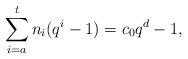
LaTeX: \begin{align*}\sum_{i=a}^t n_i(q^i-1)=c_0q^{d}-1,\end{align*}